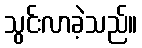
သွင်းလာခဲ့သည်။